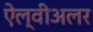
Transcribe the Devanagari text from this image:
ऐल्वीअलर